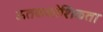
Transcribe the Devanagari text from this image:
ऊतककोशिकता